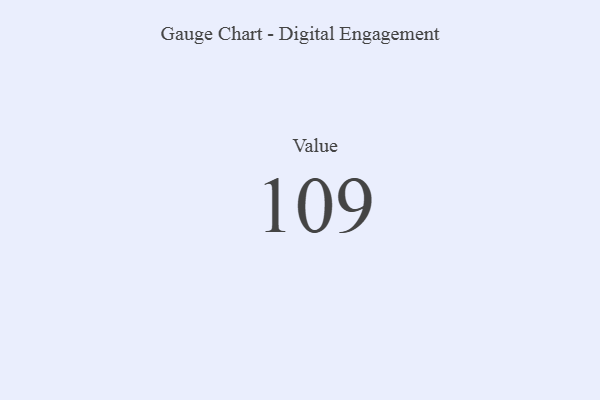
{"axis": {"x": "Metric", "y": "Value"}, "legend": [""], "data": [{"x": "Value", "y": 109, "type": ""}]}